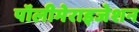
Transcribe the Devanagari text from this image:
पॉलीमेराइजेशन